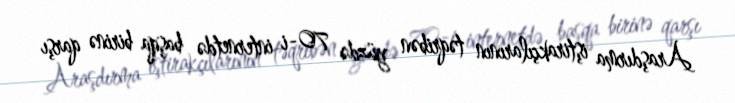
Araşdırma iştirakçılarının təqribən yüzdə 70-i internetdə başqa birinə qarşı